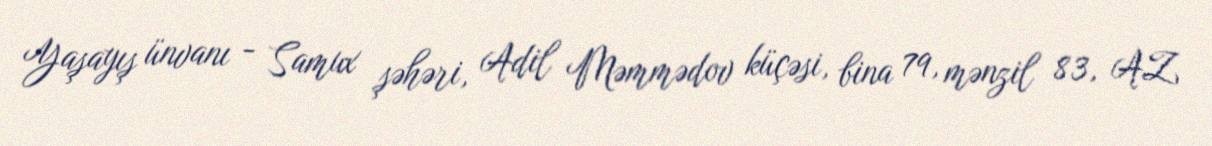
Yaşayış ünvanı - Samux şəhəri, Adil Məmmədov küçəsi, bina 79, mənzil 83, AZ